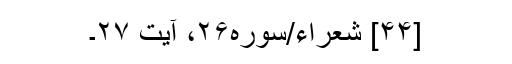
[۴۴] شعراء/سوره۲۶، آیت ۲۷۔